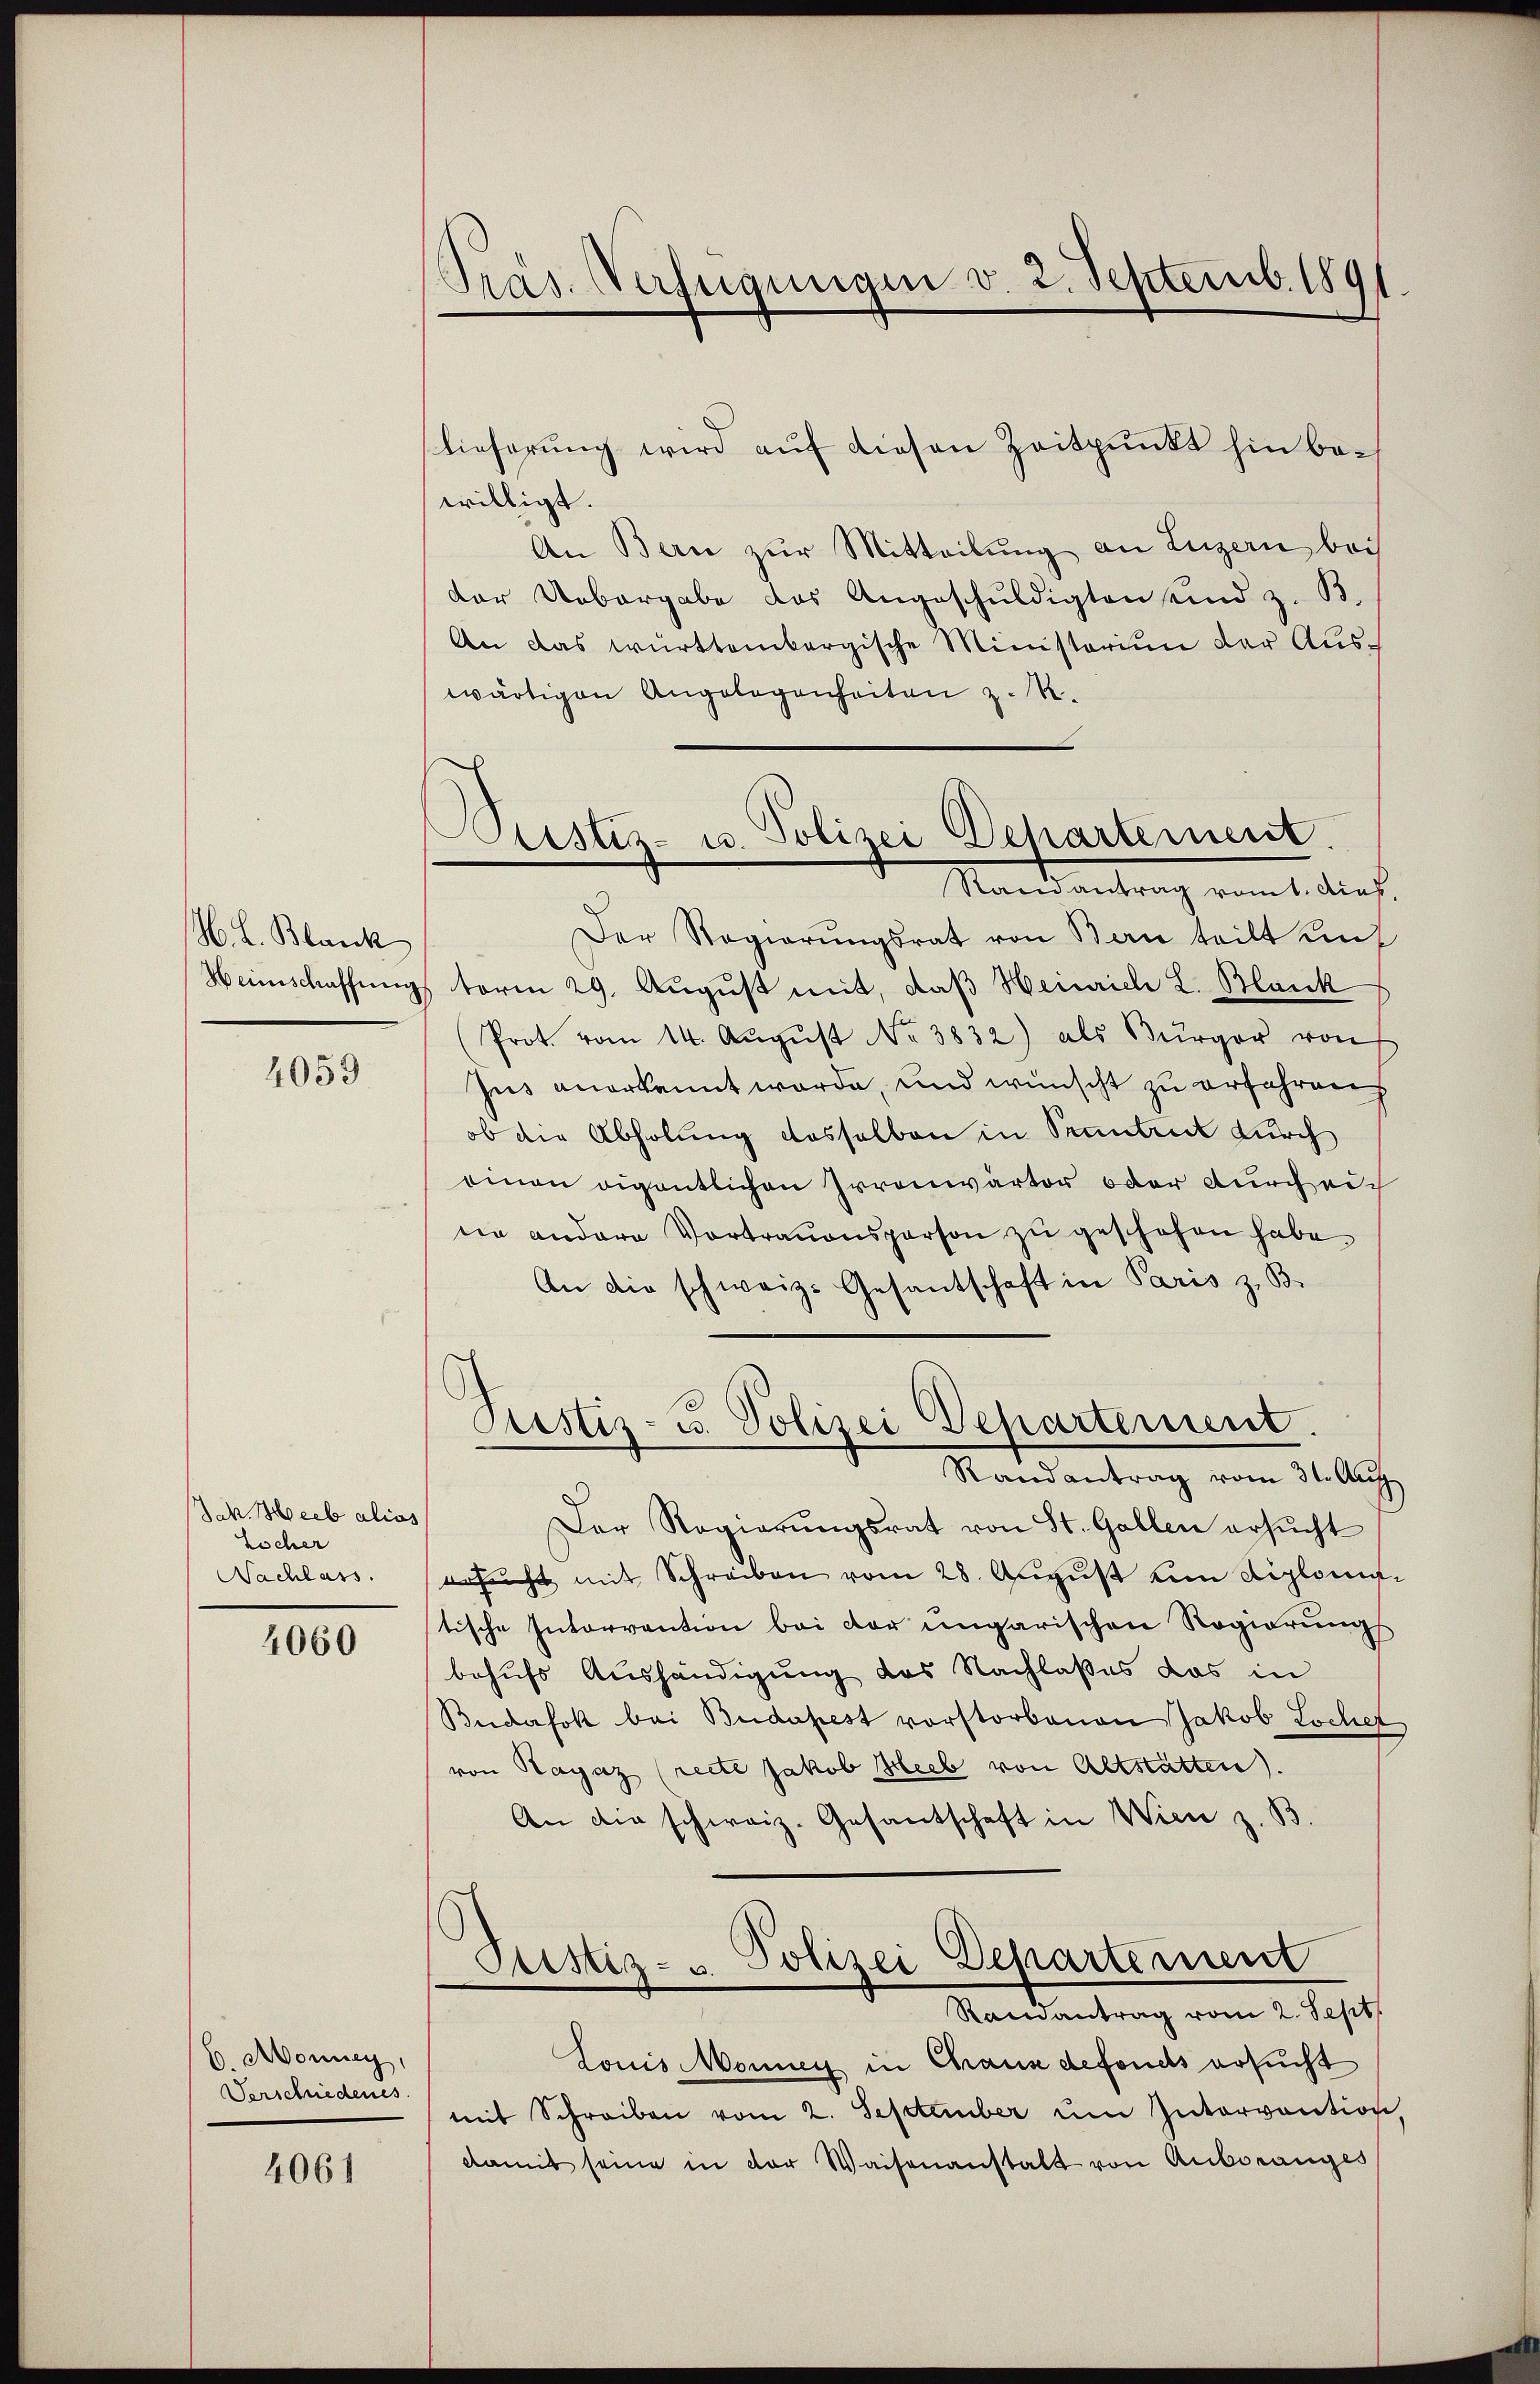
. L. Blanck
Weinschaffung

4059

Jak. Hieb alios
Löcher
Nachlass.

4060

b. Monney,
Verschiedenes.

4061

Präs. Verfügungen v. 2. Septemb. 189

Pustiz- u. Polizei Departement.
Rannantrag vomt. Dies

lieferung wird aŭf diesen Zeitpunkt hin bewilligt.
An Bern zŭr Mitteilŭng an Luzern bei
der Uebergabe das Angeschuldigten und z. B.
An das württembergische Ministerium der Auswärtigen Angelegenheiten z. B.
Der Regierŭngsrat von Bern teilt unt
term 29. August mit, daß Heinrich L. Blank
(Prot. vom 14. Aŭgŭst No 3832) als Bürger von
Jus anerkannt werde, und wünscht zu erfahrens
ob die Abholung dasselben in Szentrut durch
einen eigentlichen Irrenwärter oder durch nich
ne andere Vortrauensperson zŭ geschehen habe.
An die schweiz. Gesantschaft in Paris z. B.
Pustiz- u. Polizei Departement.
Randantrag vom 31. Aug
Der Regierŭngsrat von St. Gallen ersŭcht
ersŭcht mit Schreiben vom 28. Aŭgŭst um diplomi
tische Intervention bei der ungarischen Regierungs
behufs Aushändigung des Nachlaßes das in
Budafok bei Budapest vorstorbenen Jakob Locher
von Ragaz (recte Jakob Hieb von Altstatten.
An die schweiz. Gesantschaft in Wien z. B.
Ptistiz- u. Polizei Departement
Ramantrag vom 2. Sept.
Louis Monnen in Chaux defonds ersucht
mit Schreiben vom 2. September im Intervention
damit seine in der Waisenanstalt von Auboranges